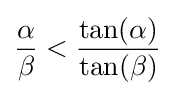
{\frac {\alpha }{\beta }}<{\frac {\tan(\alpha )}{\tan(\beta )}}